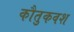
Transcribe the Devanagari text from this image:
कौतुकवश